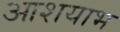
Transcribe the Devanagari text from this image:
आशयाभ